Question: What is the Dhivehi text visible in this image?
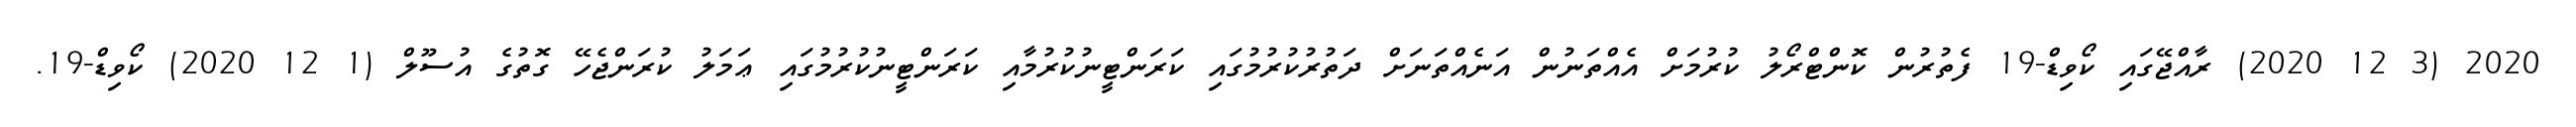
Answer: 2020 (3 12 2020) ރާއްޖޭގައި ކޯވިޑް-19 ފެތުރުން ކޮންޓްރޯލު ކުރުމަށް އެއްތަނުން އަނެއްތަނަށް ދަތުރުކުރުމުގައި ކަރަންޓީނުކުރުމާއި ކަރަންޓީނުކުރުމުގައި ޢަމަލު ކުރަންޖެހޭ ގޮތުގެ އުސޫލް (1 12 2020) ކޯވިޑް-19.